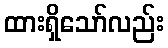
ထားရှိသော်လည်း